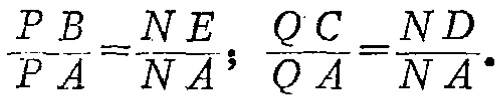
\(\frac{PB}{PA}=\frac{NE}{NA};\frac{QC}{QA}=\frac{ND}{NA}.\)